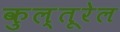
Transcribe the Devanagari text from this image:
कुल्तूरेल